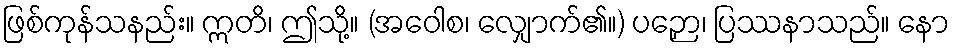
ဖြစ်ကုန်သနည်း။ ဣတိ၊ ဤသို့။ (အဝေါစ၊ လျှောက်၏။) ပဉှော၊ ပြဿနာသည်။ နော